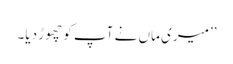
’’میری ماں نے آپ کو چھوڑ دیا۔